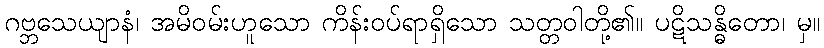
ဂဗ္ဘသေယျာနံ၊ အမိဝမ်းဟူသော ကိန်းဝပ်ရာရှိသော သတ္တဝါတို့၏။ ပဋိသန္ဓိတော၊ မှ။